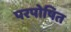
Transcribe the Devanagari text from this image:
परपोषित